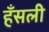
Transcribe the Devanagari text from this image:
हँसली